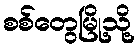
စစ်တွေမြို့သို့